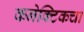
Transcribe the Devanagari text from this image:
कनेक्टिकचा